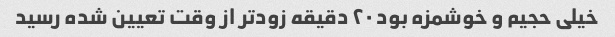
خیلی حجیم و خوشمزه بود ۲۰ دقیقه زودتر از وقت تعیین شده رسید